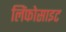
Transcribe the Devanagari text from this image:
लिंफोसाइट